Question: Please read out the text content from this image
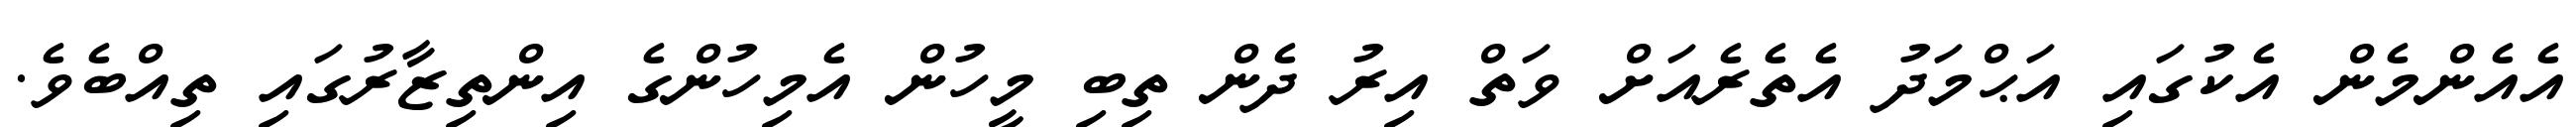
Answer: އެއެންމެން އެކުގައި އަޙްމަދު އެތެރެއަށް ވަތް އިރު ދެން ތިބި މީހުން އެމިހުންގެ އިންތިޒާރުގައި ތިއްބެވެ.